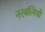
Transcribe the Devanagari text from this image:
नरबलियों